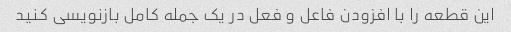
این قطعه را با افزودن فاعل و فعل در یک جمله کامل بازنویسی کنید